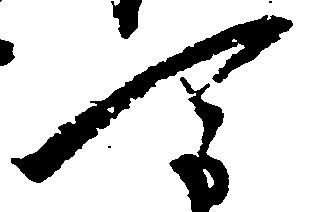
可